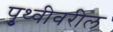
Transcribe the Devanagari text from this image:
पृुथ्वीवरील